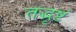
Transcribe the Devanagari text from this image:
तद्भृष्टं